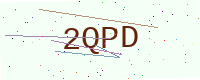
Text: 2QPD